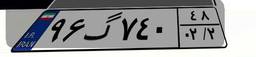
۹۶گ۷۴۰۴۸